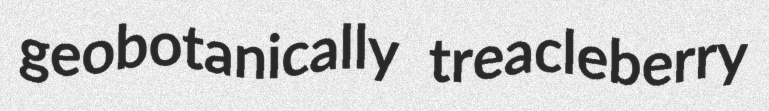
geobotanically treacleberry